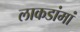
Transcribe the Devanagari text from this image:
लाकडांमां